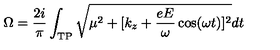
\Omega = \frac { 2 i } { \pi } \int _ { \mathrm { T P } } \sqrt { \mu ^ { 2 } + [ k _ { z } + \frac { e E } { \omega } \cos ( \omega t ) ] ^ { 2 } } d t